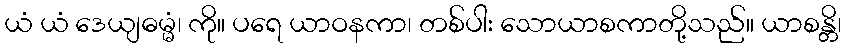
ယံ ယံ ဒေယျဓမ္မံ၊ ကို။ ပရေ ယာဝနကာ၊ တစ်ပါး သောယာစကာတို့သည်။ ယာစန္တိ၊